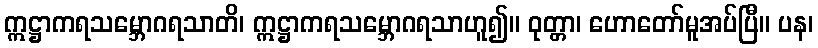
ဣဋ္ဌာကရသမ္ဘောဂရသာတိ၊ ဣဋ္ဌာကရသမ္ဘောဂရသာဟူ၍။ ဝုတ္တာ၊ ဟောတော်မူအပ်ပြီ။ ပန၊